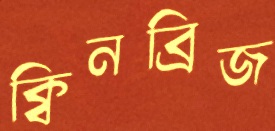
ক্বিনব্রিজ